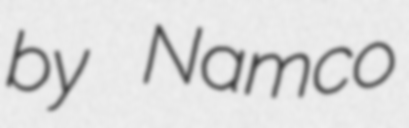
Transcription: by Namco